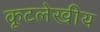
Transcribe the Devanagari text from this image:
कूटलेखीय